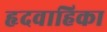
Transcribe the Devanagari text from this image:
हृदवाहिका